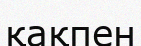
қақпен